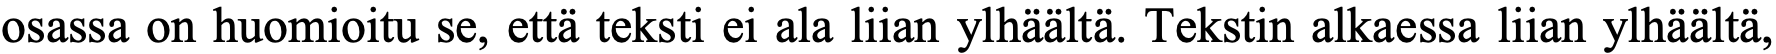
osassa on huomioitu se, että teksti ei ala liian ylhäältä. Tekstin alkaessa liian ylhäältä,